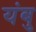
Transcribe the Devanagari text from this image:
यंबु